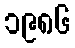
၁၉၈၆